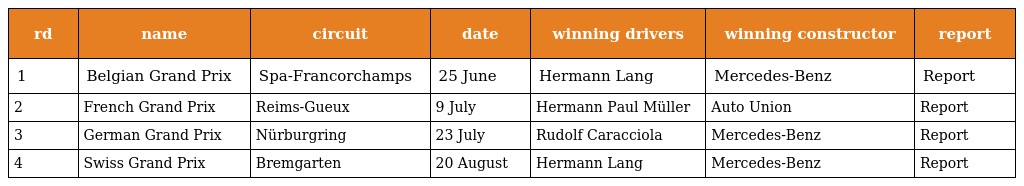
| rd | name | circuit | date | winning drivers | winning constructor | report |
 | --- | --- | --- | --- | --- | --- | --- |
 | 1 | Belgian Grand Prix | Spa-Francorchamps | 25 June | Hermann Lang | Mercedes-Benz | Report |
 | 2 | French Grand Prix | Reims-Gueux | 9 July | Hermann Paul Müller | Auto Union | Report |
 | 3 | German Grand Prix | Nürburgring | 23 July | Rudolf Caracciola | Mercedes-Benz | Report |
 | 4 | Swiss Grand Prix | Bremgarten | 20 August | Hermann Lang | Mercedes-Benz | Report |